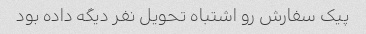
پیک سفارش رو اشتباه تحویل نفر دیگه داده بود